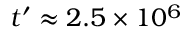
t ^ { \prime } \approx 2 . 5 \times 1 0 ^ { 6 }